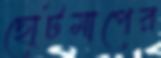
ছোটমাপের